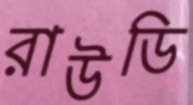
রাউডি